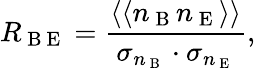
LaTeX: R_{\mathrm{~B~E~}}=\frac{\left\langle\langle n_{\mathrm{~B~}}n_{\mathrm{~E~}}\right\rangle\rangle}{\sigma_{n_{\mathrm{~B~}}}\cdot\sigma_{n_{\mathrm{~E~}}}},